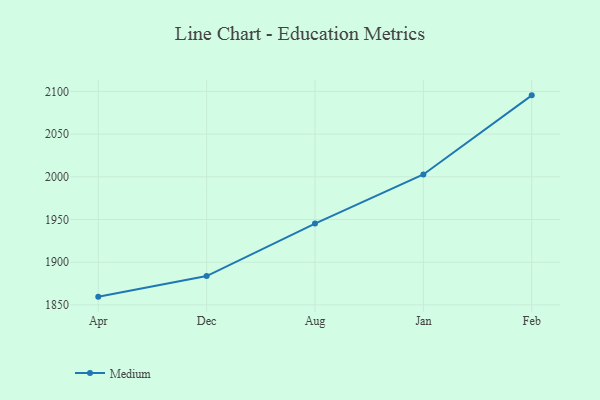
{"axis": {"x": "Month", "y": "Page Views"}, "legend": ["Medium"], "data": [{"x": "Apr", "y": 1859.7, "type": "Medium"}, {"x": "Dec", "y": 1883.8, "type": "Medium"}, {"x": "Aug", "y": 1945.3, "type": "Medium"}, {"x": "Jan", "y": 2002.8, "type": "Medium"}, {"x": "Feb", "y": 2095.4, "type": "Medium"}]}